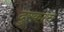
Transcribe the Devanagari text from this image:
दुरकात